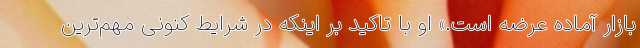
بازار آماده عرضه است.» او با تاکید بر اینکه در شرایط کنونی مهم‌ترین